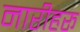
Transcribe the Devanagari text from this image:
नारीहरू